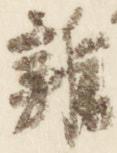
雑